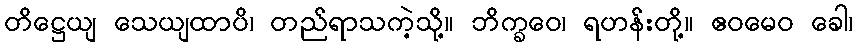
တိဋ္ဌေယျ သေယျထာပိ၊ တည်ရာသကဲ့သို့။ ဘိက္ခဝေ၊ ရဟန်းတို့။ ဧဝမေဝ ခေါ၊